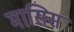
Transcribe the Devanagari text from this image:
मासिस